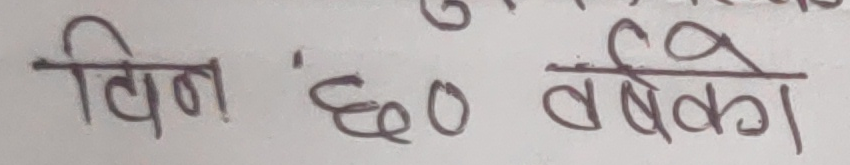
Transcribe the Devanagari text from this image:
विन ' छ० वर्षको